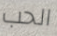
الحب